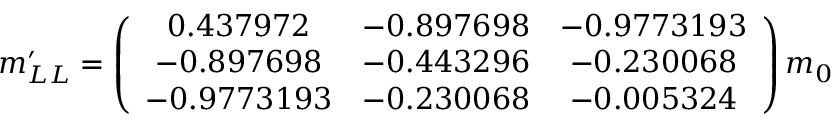
m _ { L L } ^ { \prime } = \left( \begin{array} { c c c } { { 0 . 4 3 7 9 7 2 } } & { { - 0 . 8 9 7 6 9 8 } } & { { - 0 . 9 7 7 3 1 9 3 } } \\ { { - 0 . 8 9 7 6 9 8 } } & { { - 0 . 4 4 3 2 9 6 } } & { { - 0 . 2 3 0 0 6 8 } } \\ { { - 0 . 9 7 7 3 1 9 3 } } & { { - 0 . 2 3 0 0 6 8 } } & { { - 0 . 0 0 5 3 2 4 } } \end{array} \right) m _ { 0 }